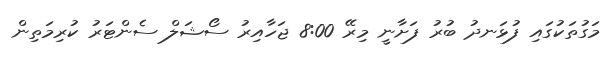
މަގުތަކުގައި ފުޅަނދު ބުރު ފަށާނީ މިރޭ 8:00 ޖަހާއިރު ސޯޝަލް ސެންޓަރު ކުރިމަތިން